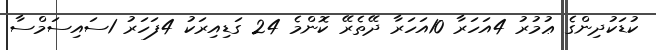
ކުޑަކުދިންގެ ޢުމުރު 4އަހަރާ 10އަހަރާ ދޭތެރޭ ކޮންމެ 24 ގަޑިއިރަކު 4ފަހަރު 1ސައިސަމްސާ